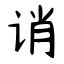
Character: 诮